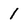
Character: 1